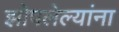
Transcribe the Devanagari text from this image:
झोपलेल्यांना